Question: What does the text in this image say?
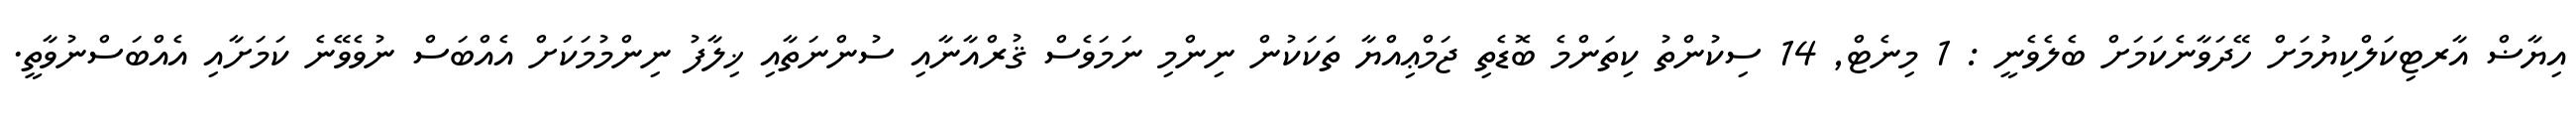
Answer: އިޔާޟް އާރޓިކަލްކިޔުމަށް ހޭދަވާނެކަމަށް ބެލެވެނީ : 1 މިނެޓް, 14 ސިކުންތު ކިތަންމެ ބޮޑެތި ޖަމްޢިއްޔާ ތަކަކުން ނިންމި ނަމަވެސް ޤުރްއާނާއި ސުންނަތާއި ޚިލާފު ނިންމުމަކަށް އެއްބަސް ނުވެވޭނެ ކަމަށާއި އެއްބަސްނުވާތީ.